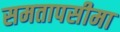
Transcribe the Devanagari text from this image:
समतापसीमा